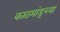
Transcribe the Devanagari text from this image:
काठमांडुच्या